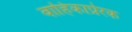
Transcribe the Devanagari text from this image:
बाहिकाप्रेरक